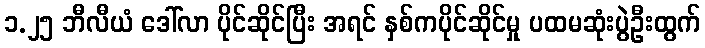
၁.၂၅ ဘီလီယံ ဒေါ်လာ ပိုင်ဆိုင်ပြီး အရင် နှစ်ကပိုင်ဆိုင်မှု ပထမဆုံးပွဲဦးထွက်